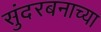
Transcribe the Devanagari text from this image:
सुंदरबनाच्या